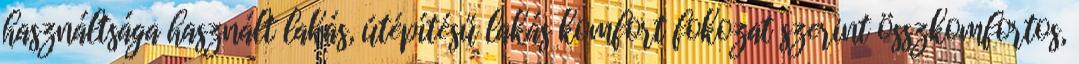
használtsága használt lakás, útépítésű lakás komfort fokozat szerint összkomfortos,